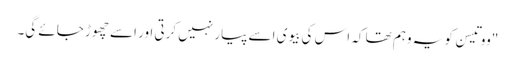
"ووتیسن کو یہ وہم تھا کہ اس کی بیوی اسے پیار نہیں کرتی اور اسے چھوڑ جائے گی۔